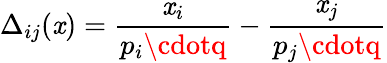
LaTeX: \Delta_{ij}(\mathit{x})={\frac{{\mathit{x}_{i}}}{{p_{i}\cdotq}}}-{\frac{{\mathit{x}_{j}}}{{p_{j}\cdotq}}}